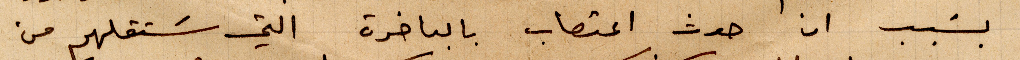
بسبب ان حدث اعتصاب بالباخرة التي ستقلهم من